NAE_ERA_R-2324_Eesti_Vabariigi_Pohiseaduslik_Assamblee, lk 142
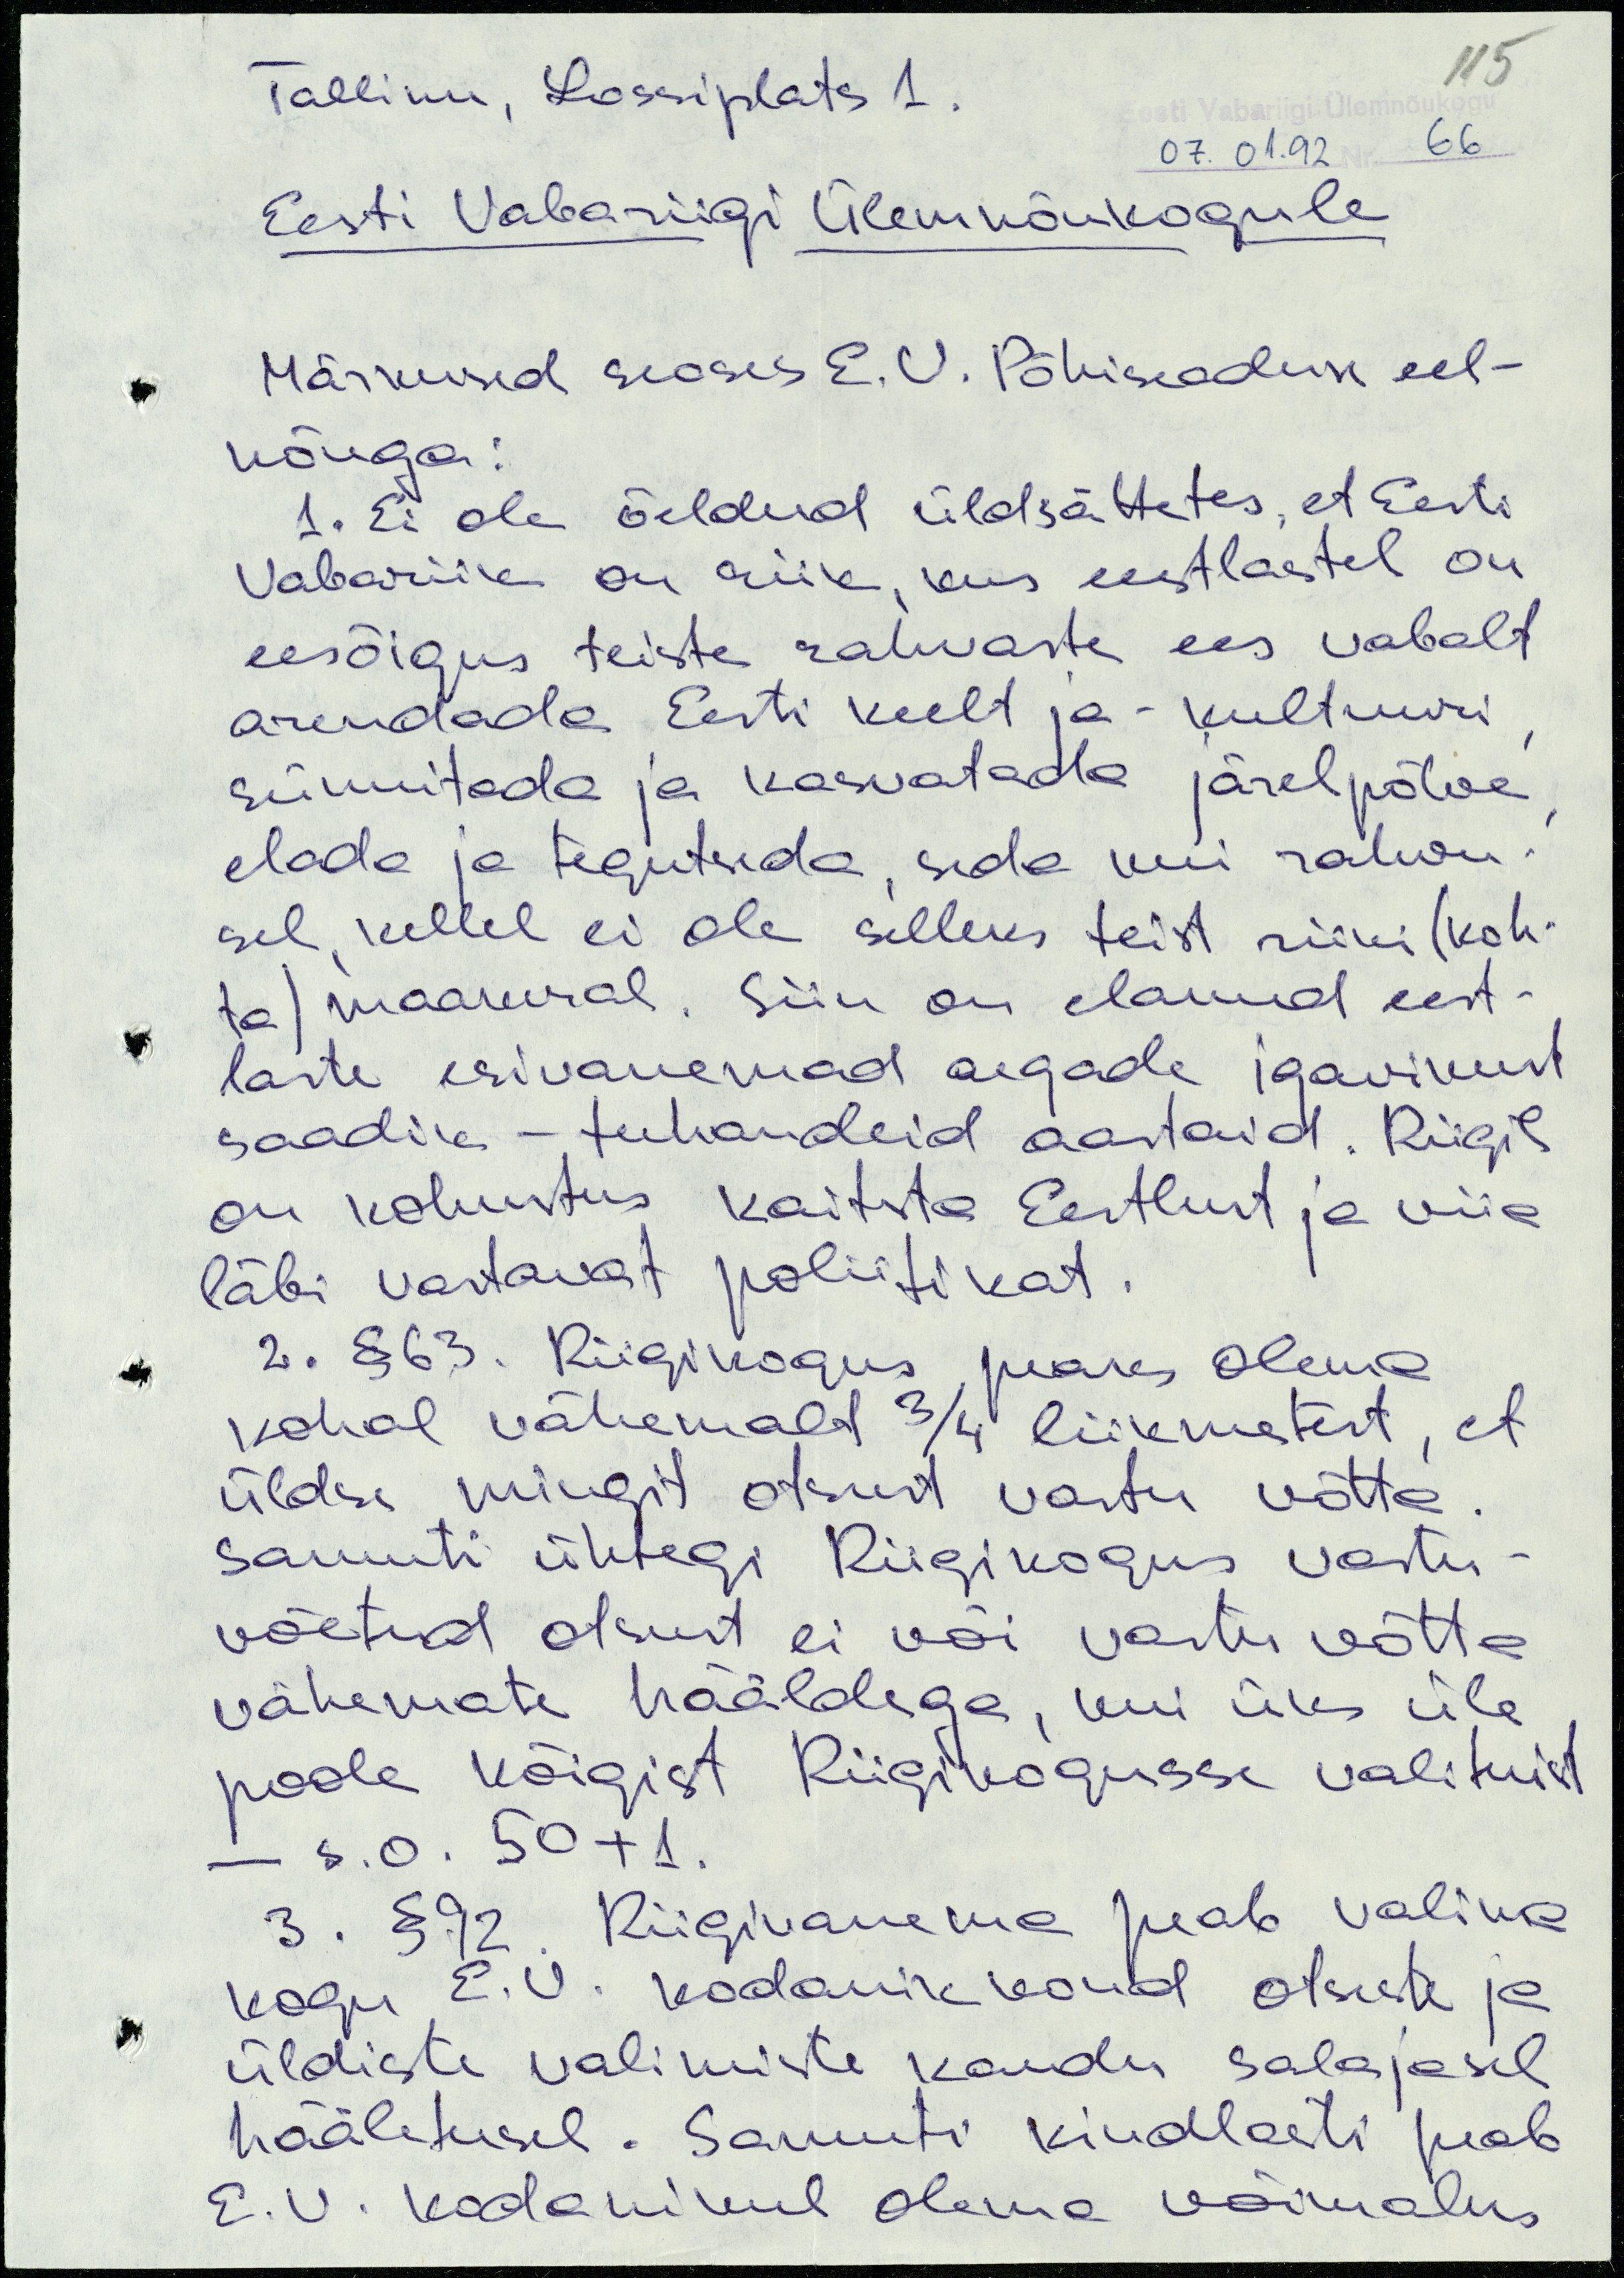
115

Tallinn, Lossiplats 1.
07.01.92 Nr. 66
Eesti Vabariigi Ülemnõukogule
Märkused seoses E.V. Põhiseaduse eel-
nõuga:
1. Ei ole öeldud üldsättetes, et Eesti
Vabariik on riik, kus eestlastel on
eesõigus teiste rahvaste ees vabalt
arendada Eesti keelt ja -kultuuri,
sünnitada ja kasvatada järelpõlve,
elada ja tegutseda, seda kui rahvu-
sel, kellel ei ole selleks teist riiki (koh-
ta) maakeral. Siin on elanud eest-
laste esivanemad aegade igavikust
saadik - tuhandeid aastaid. Riigil
on kohustus kaitsta Eestlust ja viia
läbi vastavat poliitikat.
2. § 63. Riigikogus peaks olema
kohal vähemalt 3/4 liikmetest, et
üldse mingit otsust vastu võtta.
Samuti ühtegi Riigikogus vastu-
võetud otsust ei või vastu võtta
vähemate hääldega, kui üks üle
poole kõigist Riigikogusse valituist
- s.o. 50+1.
3. § 92. Riigivanema peab valima
kogu E.V. kodanikkond otseste ja
üldiste valimiste kaudu salajasel
hääletusel. Samuti kindlasti peab
E.V. kodanikul olema võimalus